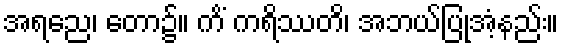
အရညေ၊ တော၌။ ကိံ ကရိဿတိ၊ အဘယ်ပြုအံ့နည်း။